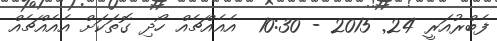
ފެބްރުއަރީ 24